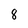
Character: 8